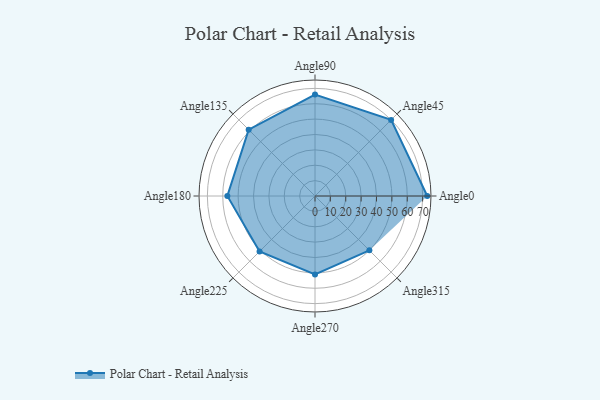
{"axis": {"x": "Angle", "y": "Radius"}, "legend": [""], "data": [{"x": "Angle0", "y": 73.0, "type": ""}, {"x": "Angle45", "y": 70.0, "type": ""}, {"x": "Angle90", "y": 66.0, "type": ""}, {"x": "Angle135", "y": 61.0, "type": ""}, {"x": "Angle180", "y": 57.0, "type": ""}, {"x": "Angle225", "y": 51.0, "type": ""}, {"x": "Angle270", "y": 51.0, "type": ""}, {"x": "Angle315", "y": 50.0, "type": ""}]}